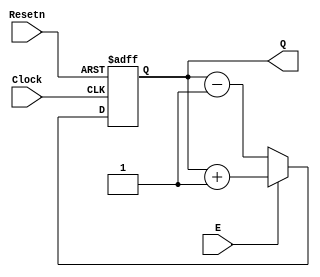
module upcount(Resetn, Clock, E, Q);
input Resetn, Clock, E;
output reg [3:0] Q;
always @(negedge Resetn, posedge Clock)
if (!Resetn)
Q <= 0;
else if (E)
Q <= Q + 1'b1;      
else
Q <= Q - 1'b1;
endmodule